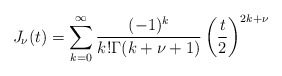
\begin{align*}J_\nu(t) = \sum_{k=0}^\infty \frac{(-1)^k}{k!\Gamma(k+\nu+1)}\left(\frac{t}{2}\right)^{2k+\nu}\end{align*}